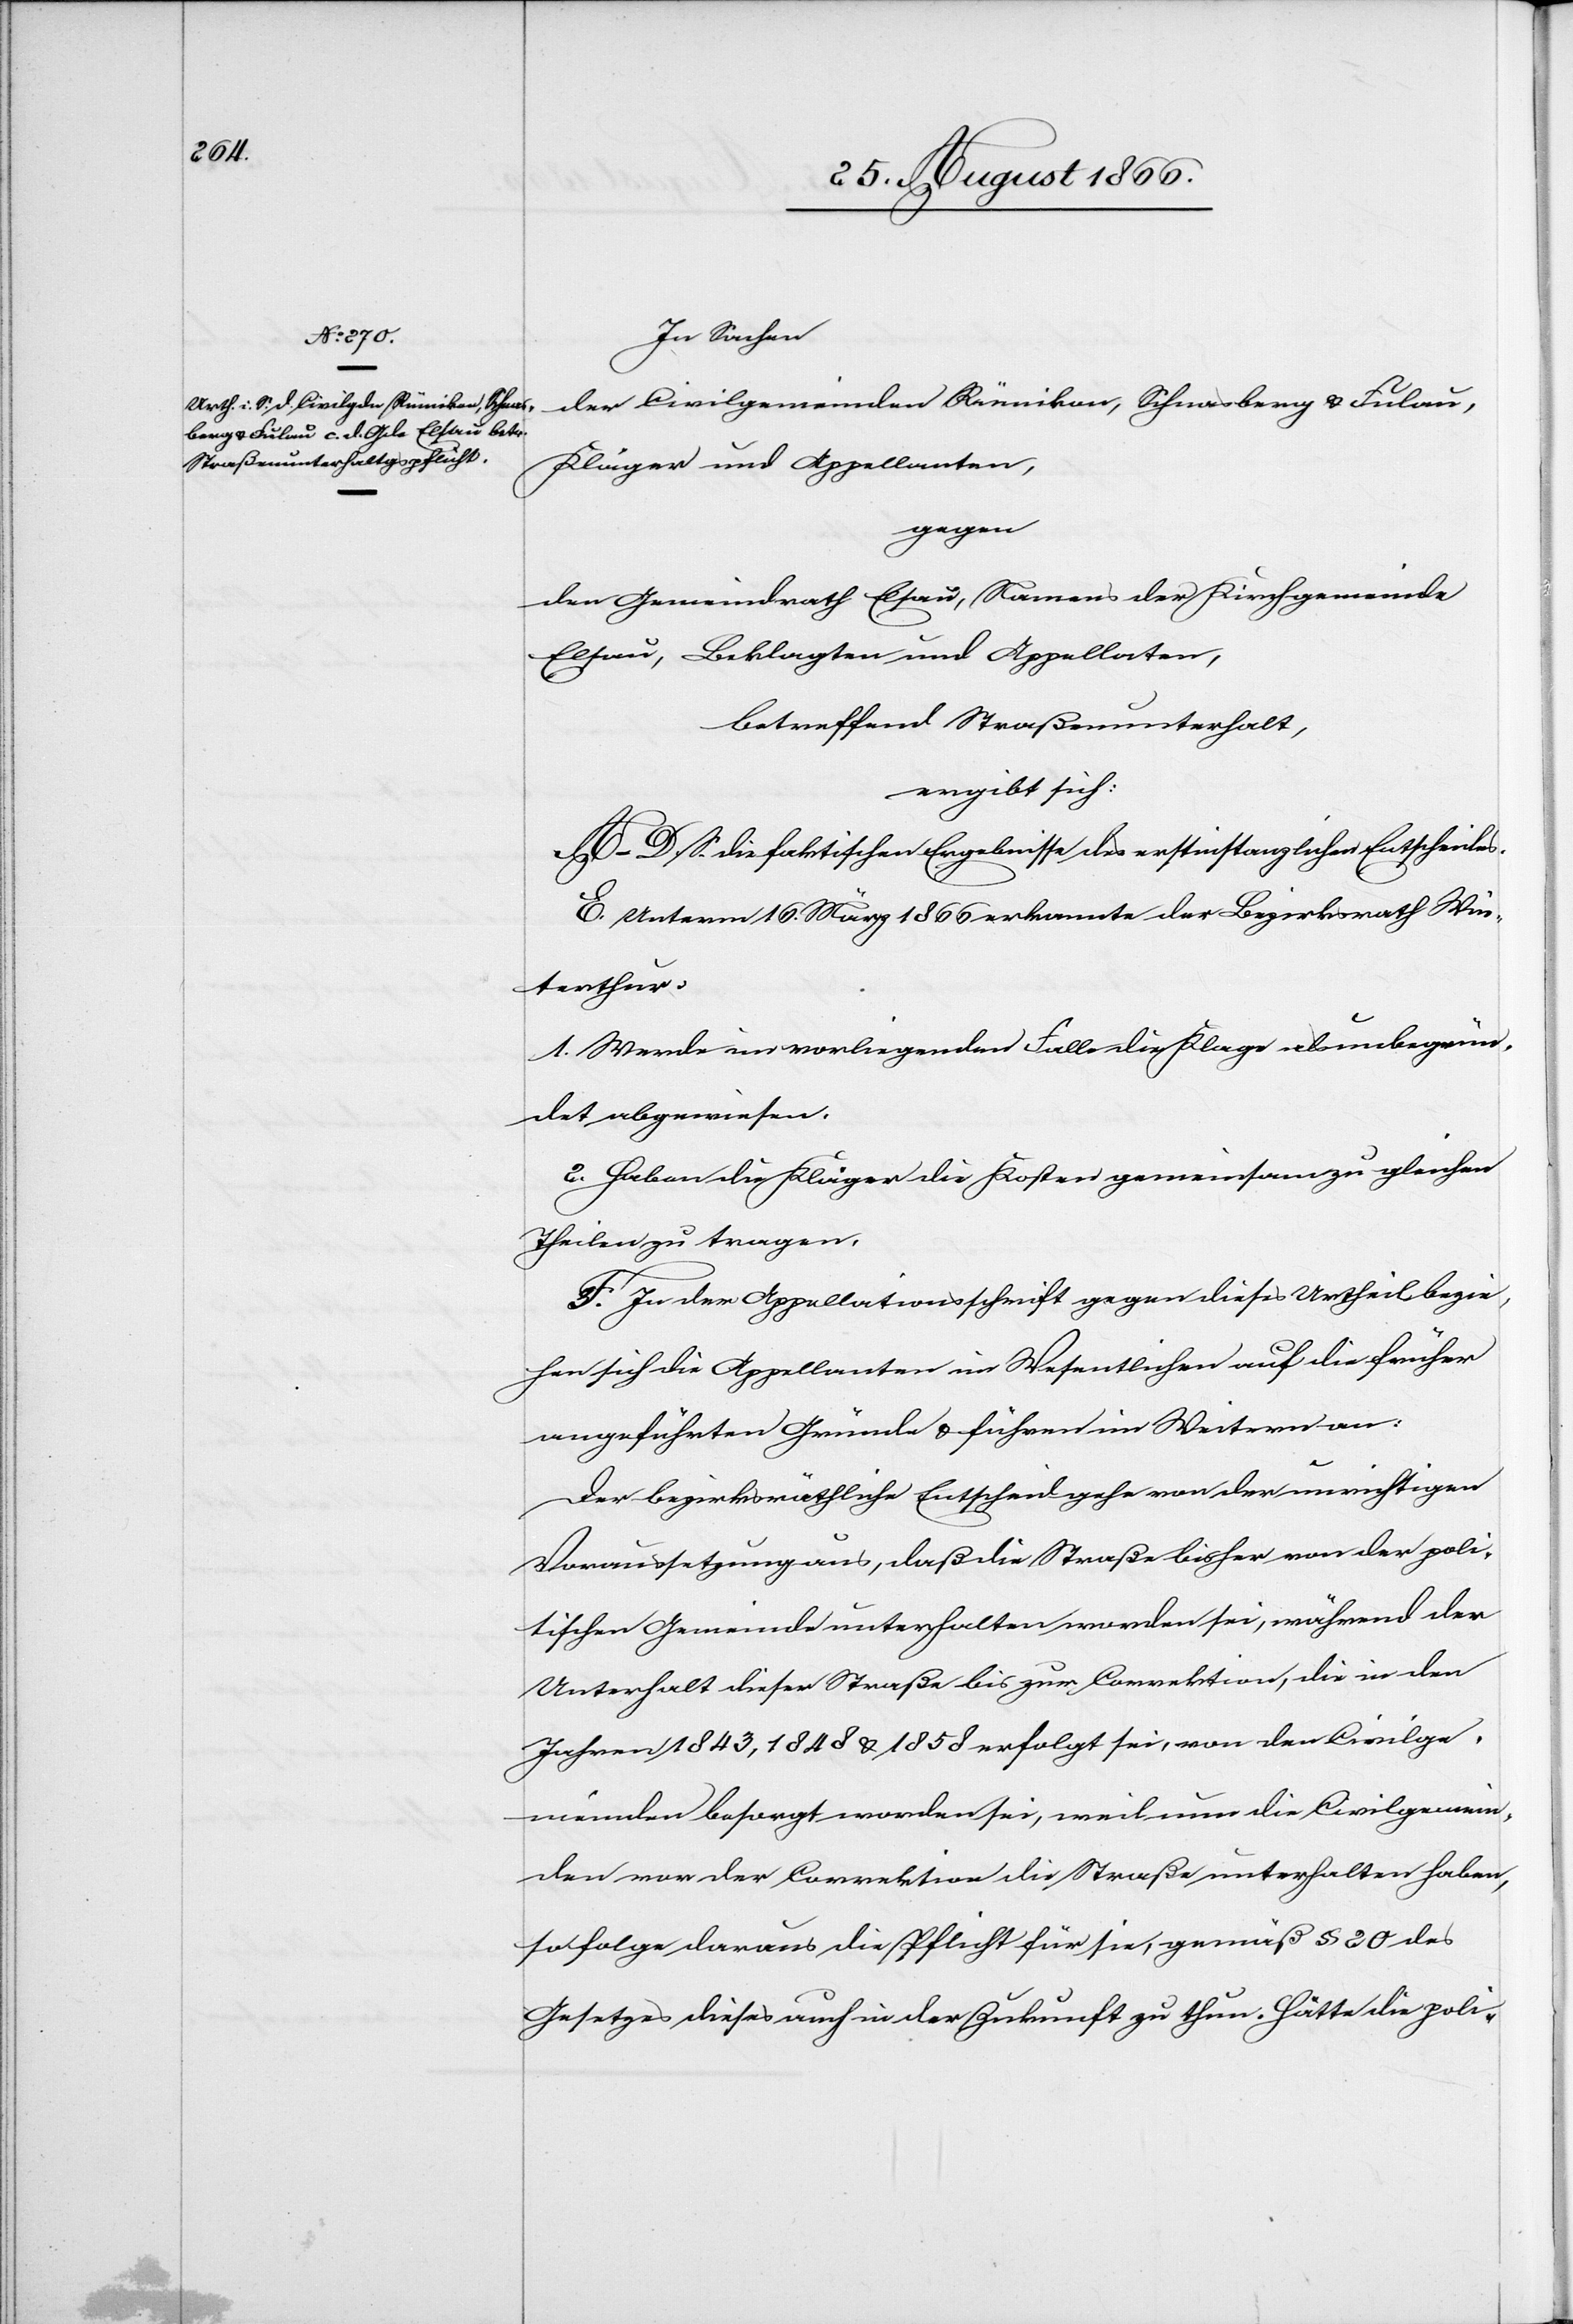
Straßenunterhaltungspflicht,

In Sachen
der Civilgemeinden Rümikon, Schnasberg u. Fulau,
Kläger und Appellanten,
gegen
den Gemeindrath Elsau, Namens der Kirchgemeinde
Elsau, Beklagten und Appellaten,
ergibt sich:
A–D. S. die faktischen Ergebnisse des erstinstanzlichen Entscheides.
E. Unterm 16. März 1866 erkannte der Bezirksrath Win¬
terthur:
1. Werde im vorliegenden Falle die Klage als unbegrün¬
det abgewiesen.
2. Haben die Kläger die Kosten gemeinsam zu gleichen
Theilen zu tragen.
F. In der Appellationsschrift gegen dieses Urtheil bezie¬
hen sich die Appellanten im Wesentlichen auf die früher
angeführten Gründe u. führen im Weitern an:
Der bezirksräthliche Entscheid gehe von der unrichtigen
Voraussetzung aus, daß die Straße bisher von der poli¬
tischen Gemeinde unterhalten worden sei, während der
Unterhalt dieser Straße bis zur Correktion, die in den
Jahren 1843, 1848 u. 1858 erfolgt sei, von den Civilge¬
meinden besorgt worden sei, weil nun die Civilgemein¬
den vor der Correktion die Straße unterhalten haben,
so folge daraus die Pflicht für sie, gemäß § 20 des
Gesetzes dieses auch in der Zukunft zu thun. Hätte die poli-